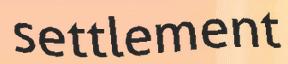
settlement